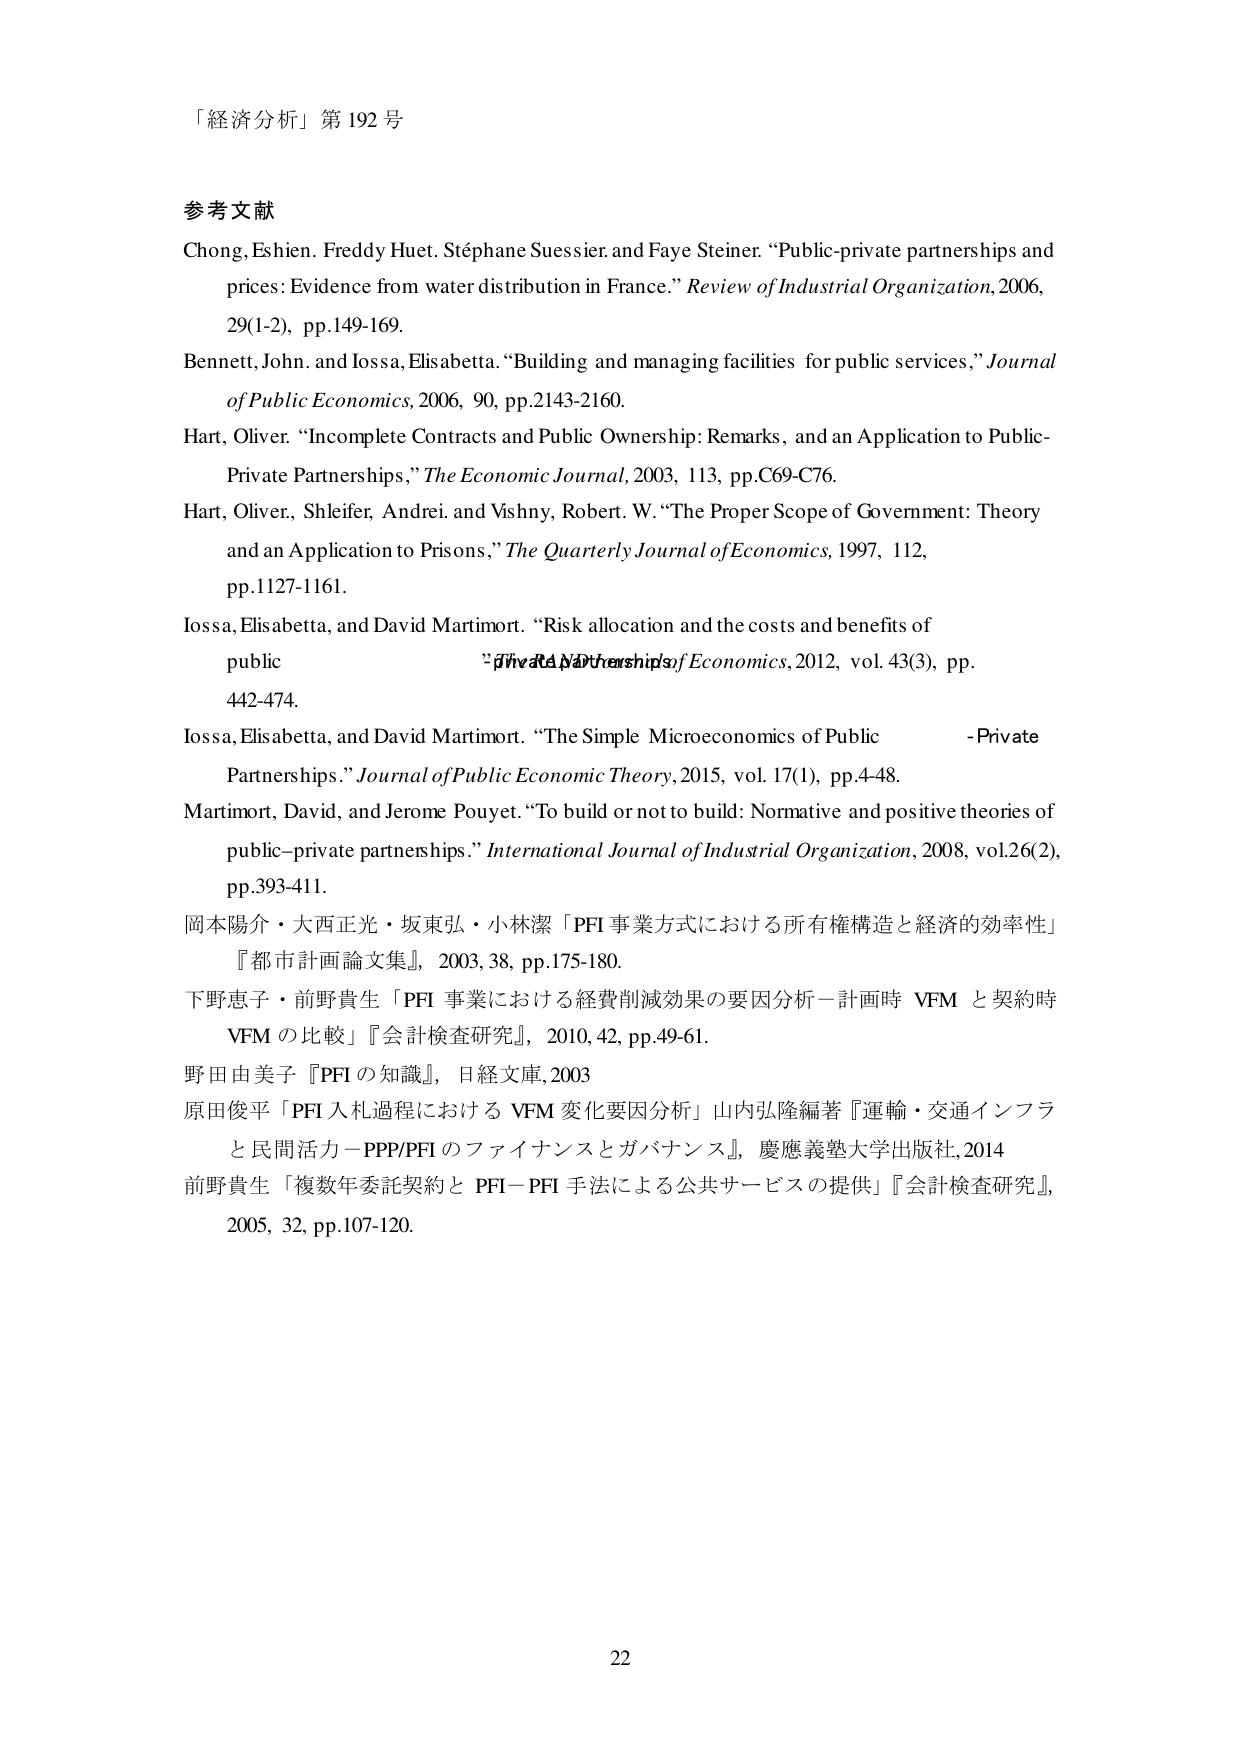
「経済分析」第192号

参考文献
Chong, Eshien. Freddy Huet. Stéphane Suessier and Faye Steiner. “Public-private partnerships and prices: Evidence from water distribution in France.” Review of Industrial Organization, 2006, 29(1-2), pp.149-169.
Bennett, John. and Iossa, Elisabetta. “Building and managing facilities for public services,” Journal of Public Economics, 2006, 90, pp.2143-2160.
Hart, Oliver. “Incomplete Contracts and Public Ownership: Remarks, and an Application to Public-Private Partnerships,” The Economic Journal, 2003, 113, pp.C69-C76.
Hart, Oliver., Shleifer, Andrei. and Vishny, Robert. W. “The Proper Scope of Government: Theory and an Application to Prisons,” The Quarterly Journal of Economics, 1997, 112, pp.1127-1161.
Iossa, Elisabetta, and David Martimort. “Risk allocation and the costs and benefits of public-private partnerships,” Journal of Economics, 2012, vol. 43(3), pp. 442-474.
Iossa, Elisabetta, and David Martimort. “The Simple Microeconomics of Public-Private Partnerships.” Journal of Public Economic Theory, 2015, vol. 17(1), pp.4-48.
Martimort, David, and Jerome Pouyet. “To build or not to build: Normative and positive theories of public-private partnerships.” International Journal of Industrial Organization, 2008, vol.26(2), pp.393-411.
岡本陽介・大西正光・坂東弘・小林潔「PFI事業方式における所有権構造と経済的効率性」『都市計画論文集』, 2003, 38, pp.175-180.
下野恵子・前野貴生「PFI事業における経費削減効果の要因分析－計画時VFMと契約時VFMの比較」『会計検査研究』, 2010, 42, pp.49-61.
野田由美子『PFIの知識』, 日経文庫, 2003
原田俊平「PFI入札過程におけるVFM変化要因分析」山内弘隆編著『運輸・交通インフラと民間活力－PPP/PFIのファイナンスとガバナンス』, 慶應義塾大学出版社, 2014
前野貴生「複数年委託契約とPFI－PFI手法による公共サービスの提供」『会計検査研究』, 2005, 32, pp.107-120.

22